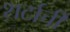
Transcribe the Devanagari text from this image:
शर्टाची